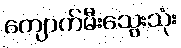
ကျောက်မီးသွေးသုံး